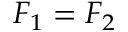
F _ { 1 } = F _ { 2 }